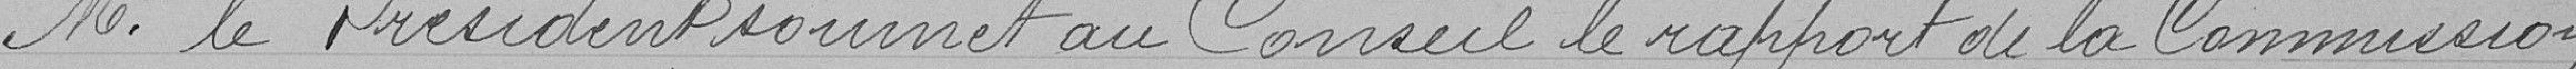
Monsieur le Président soumet au Conseil le rapport de la Commission